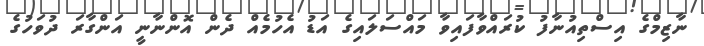
ނާޒިމްގެ އިސްތިއުނާފު ކުރައްވާފައިވާ މައްސަލައިގެ އަޑު އެހުމެއް ދެން އޮންނާނީ އަންގާރަ ދުވަހުގެ